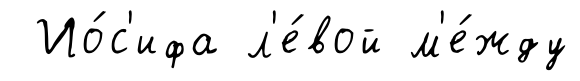
Ио́с'ифа л'е́вой м'е́жду